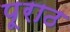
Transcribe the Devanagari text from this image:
पूराठ